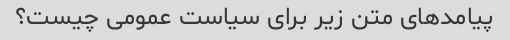
پیامدهای متن زیر برای سیاست عمومی چیست؟